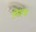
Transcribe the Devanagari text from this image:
पिशाचः